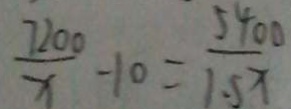
\frac { 7 2 0 0 } { x } - 1 0 = \frac { 5 4 0 0 } { 1 . 5 x }